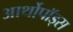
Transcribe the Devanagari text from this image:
आर्थोपॉड्स